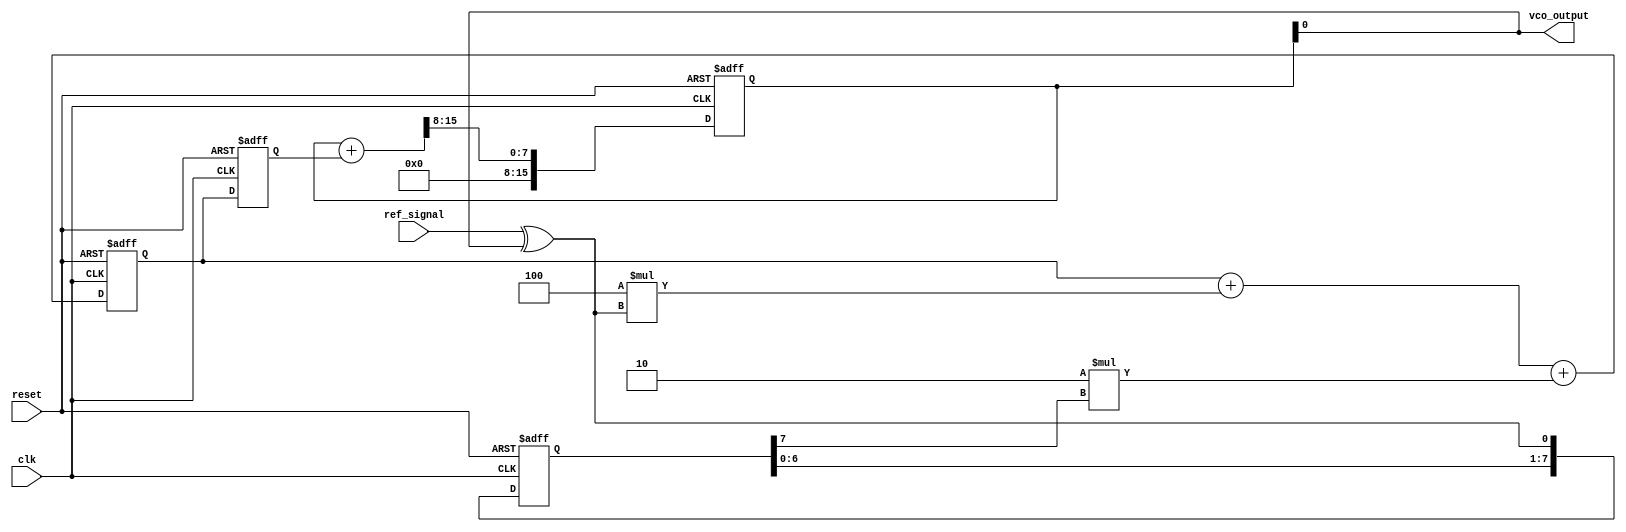
module memory_blocks_pll (
    input wire clk,                  // System clock
    input wire reset,                // Reset signal
    input wire ref_signal,           // Reference frequency signal
    output wire vco_output           // Output of the VCO
);

// Parameters
parameter N = 8;                    // Memory depth for phase error
parameter Kp = 4;                   // Proportional gain for loop filter
parameter Ki = 2;                   // Integral gain for loop filter

// Internal signals
reg [N-1:0] phase_error_memory;     // Memory for phase error
reg [15:0] control_voltage;          // Control voltage for VCO
reg [15:0] vco_freq;                 // Frequency of the VCO
reg [15:0] vco_output_reg;           // Registered VCO output

// Phase Detector: Simple XOR-based phase detector
wire phase_error;
assign phase_error = ref_signal ^ vco_output_reg[0]; // Simple phase comparison

// Memory Block to store phase errors
always @(posedge clk or posedge reset) begin
    if (reset) begin
        phase_error_memory <= 0;
    end else begin
        phase_error_memory <= {phase_error_memory[N-2:0], phase_error}; // Shift register
    end
end

// Loop Filter: Simple PI controller
always @(posedge clk or posedge reset) begin
    if (reset) begin
        control_voltage <= 0;
    end else begin
        control_voltage <= control_voltage + (Kp * phase_error) + (Ki * phase_error_memory[N-1]);
    end
end

// Voltage-Controlled Oscillator (VCO)
always @(posedge clk or posedge reset) begin
    if (reset) begin
        vco_freq <= 16'h0000; // Initialize frequency
    end else begin
        vco_freq <= control_voltage; // Control voltage directly modulates frequency
    end
end

// Generate VCO output based on frequency
always @(posedge clk or posedge reset) begin
    if (reset) begin
        vco_output_reg <= 0;
    end else begin
        // Simple frequency generation based on vco_freq
        // Here we can implement a more complex NCO if needed
        vco_output_reg <= vco_output_reg + vco_freq[15:0] >> 8; // Example frequency scaling
    end
end

assign vco_output = vco_output_reg;

endmodule